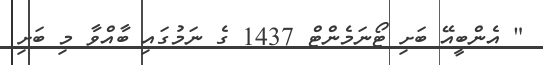
" އެންބީއޭ ބަށި ޓޯނަމެންޓް 1437 ގެ ނަމުގައި ބާއްވާ މި ބަށި